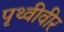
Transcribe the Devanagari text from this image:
पृथ्वीवीर